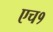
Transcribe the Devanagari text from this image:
एच१